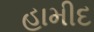
હામીદ